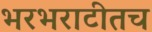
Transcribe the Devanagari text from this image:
भरभराटीतच